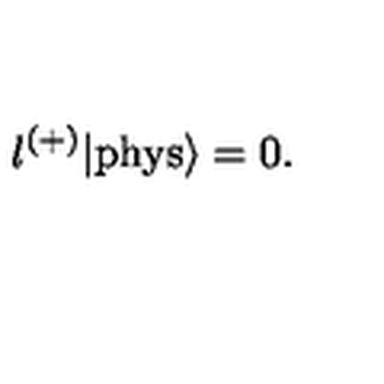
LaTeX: \l ^ { ( + ) } | \mathrm { p h y s } \rangle = 0 .